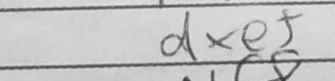
Transcription: dxe5